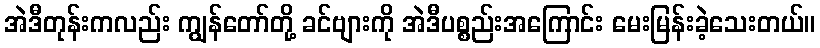
အဲဒီတုန်းကလည်း ကျွန်တော်တို့ ခင်ဗျားကို အဲဒီပစ္စည်းအကြောင်း မေးမြန်းခဲ့သေးတယ်။